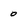
Character: 0